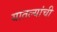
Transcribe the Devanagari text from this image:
यातल्यांची